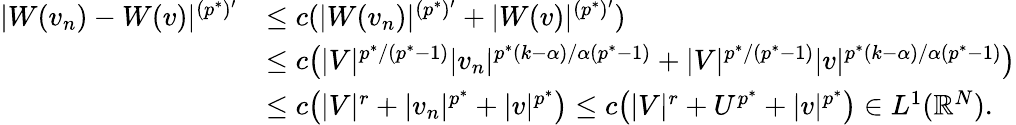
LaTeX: \begin{array}{rl}{|W(v_{n})-W(v)|^{(p^{*})^{\prime}}}&{\le c(|W(v_{n})|^{(p^{*})^{\prime}}+|W(v)|^{(p^{*})^{\prime}})}\\ &{\le c\bigl(|V|^{p^{*}/(p^{*}-1)}|v_{n}|^{p^{*}(k-\alpha)/\alpha(p^{*}-1)}+|V|^{p^{*}/(p^{*}-1)}|v|^{p^{*}(k-\alpha)/\alpha(p^{*}-1)}\bigr)}\\ &{\le c\bigl(|V|^{r}+|v_{n}|^{p^{*}}+|v|^{p^{*}}\bigr)\le c\bigl(|V|^{r}+U^{p^{*}}+|v|^{p^{*}}\bigr)\in L^{1}(\mathbb R^{N}).}\end{array}